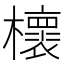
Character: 櫰